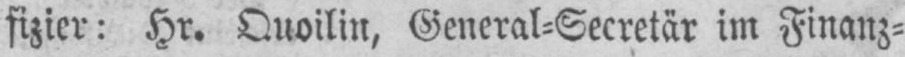
fizier: Hr. Quoilin, General⸗Secretär im Finanz⸗